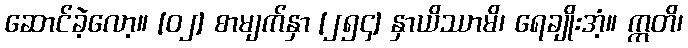
ဆောင်ခဲ့လော့။ [၀၂] စာမျက်နှာ [၂၅၄] နှာယိဿာမိ၊ ရေချိုးအံ့။ ဣတိ၊